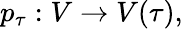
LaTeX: p_{\tau}:V\to V(\tau),